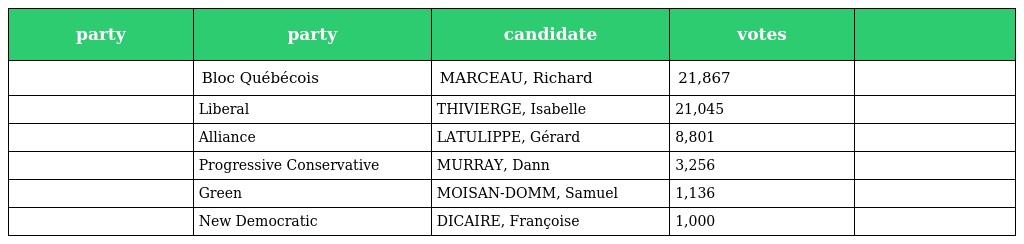
| party | party | candidate | votes |  |
 | --- | --- | --- | --- | --- |
 |  | Bloc Québécois | MARCEAU, Richard | 21,867 |  |
 |  | Liberal | THIVIERGE, Isabelle | 21,045 |  |
 |  | Alliance | LATULIPPE, Gérard | 8,801 |  |
 |  | Progressive Conservative | MURRAY, Dann | 3,256 |  |
 |  | Green | MOISAN-DOMM, Samuel | 1,136 |  |
 |  | New Democratic | DICAIRE, Françoise | 1,000 |  |